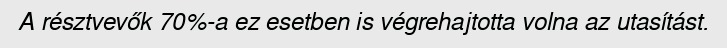
A résztvevők 70%‑a ez esetben is végrehajtotta volna az utasítást.